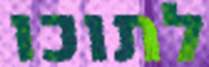
לתוכו